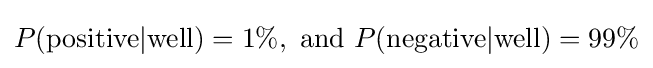
P({\text{positive}}|{\text{well}})=1\%,{\text{ and }}P({\text{negative}}|{\text{well}})=99\%